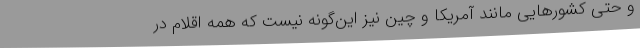
و حتی کشورهایی مانند آمریکا و چین نیز این‌گونه نیست که همه اقلام در